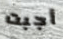
أجبت